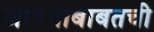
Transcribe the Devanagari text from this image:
जाण्याबाबतची